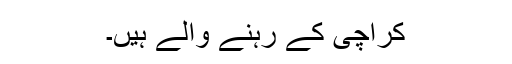
کراچی کے رہنے والے ہیں۔